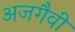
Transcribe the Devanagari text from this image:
अजगैवी